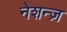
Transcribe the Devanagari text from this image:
नेशन्ज़